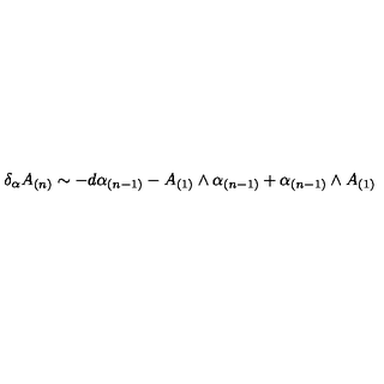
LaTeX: \delta _ { \alpha } A _ { ( n ) } \sim - d \alpha _ { ( n - 1 ) } - A _ { ( 1 ) } \wedge \alpha _ { ( n - 1 ) } + \alpha _ { ( n - 1 ) } \wedge A _ { ( 1 ) }